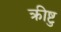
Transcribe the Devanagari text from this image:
क्रीष्टु